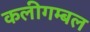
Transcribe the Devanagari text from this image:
कलीगम्बल